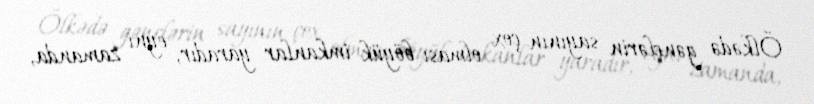
Ölkədə gənclərin sayının çox olması böyük imkanlar yaradır, eyni zamanda,